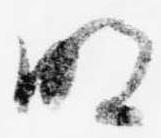
明